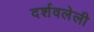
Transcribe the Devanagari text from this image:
दर्शवलेली